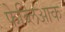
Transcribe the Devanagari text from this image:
फेब्लिआक